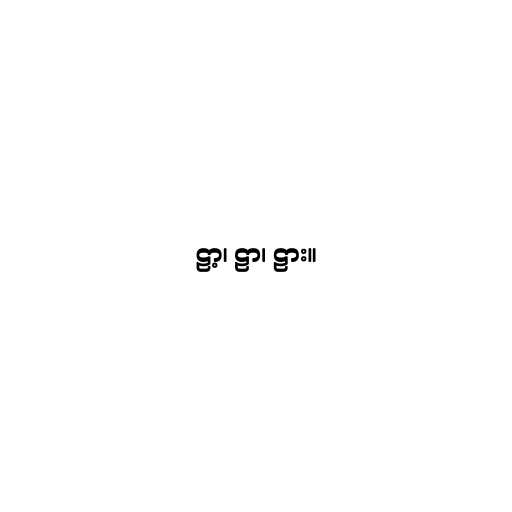
ဠာ့၊ ဠာ၊ ဠား။